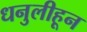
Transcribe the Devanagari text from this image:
धनुलीहून